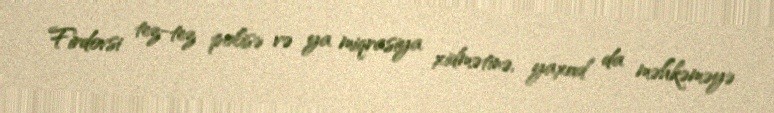
Firdovsi tez-tez polisə və ya miqrasiya xidmətinə, yaxud da məhkəməyə